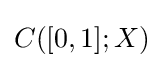
C([0,1];X)